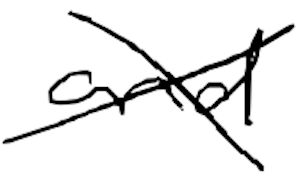
Text: and
Cross-out: cross
Writing tool: digital_black